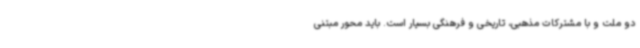
دو ملت و با مشترکات مذهبی، تاریخی و فرهنگی بسیار است. باید محور مبتنی